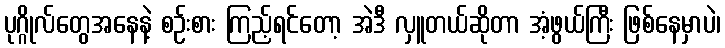
ပုဂ္ဂိုလ်တွေအနေနဲ့ စဉ်းစား ကြည့်ရင်တော့ အဲဒီ လှူတယ်ဆိုတာ အံ့ဖွယ်ကြီး ဖြစ်နေမှာပဲ၊